Annual administration report of the Civil Veterinary Department, Sind - 1939-1940
Year: 1939
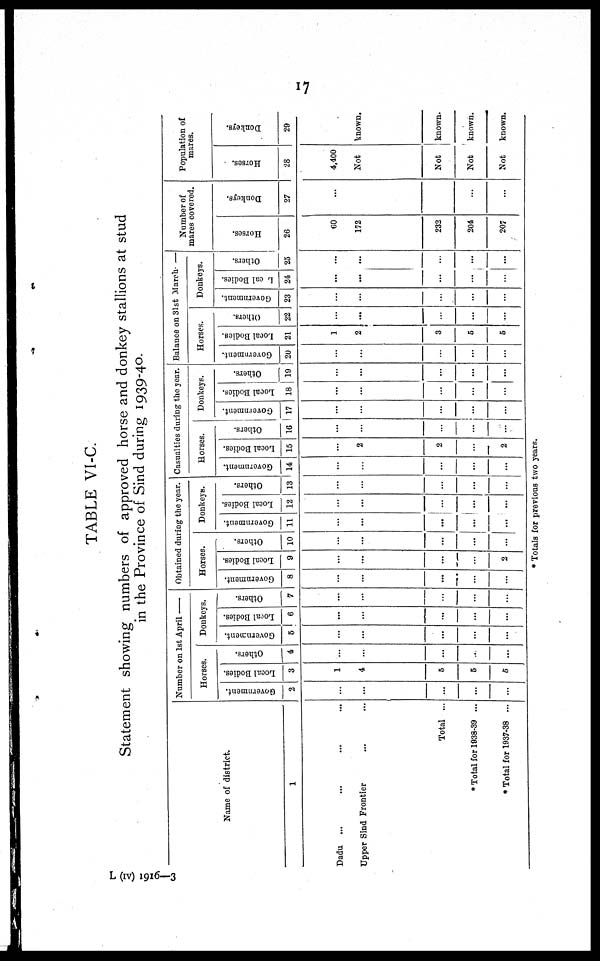
17
TABLE VI-C.
Statement showing numbers of approved horse and donkey stallions at stud
in the Province of Sind during 1939-40.
Name of district.
1
Dadu ... ... ... ...
Upper Sind Frontier ... ...
Total ...
* Total for 1938-39 ...
* Total for 1937-38 ...
Number on 1st April —
Horses.
Government.
2
...
...
...
...
...
Local Bodies.
3
1
4
5
5
5
Others.
4
...
...
...
...
...
Donkeys.
Government.
5
...
...
...
...
...
Local Bodies.
6
...
...
...
...
...
Others.
7
...
...
...
...
...
Obtained during the year.
Horses.
Government.
8
...
...
...
...
...
Local Bodies.
9
...
...
...
...
2
Others.
10
...
...
...
...
...
Donkeys.
Government.
11
...
...
...
...
...
Local Bodies.
12
...
...
...
...
...
Others.
13
...
...
...
...
...
Casualties during the year.
Horses.
Government.
14
...
...
...
...
...
Local Bodies.
15
...
2
2
...
2
Others.
16
...
...
...
...
...
Donkeys.
Government.
17
...
...
...
...
...
Local Bodies.
18
...
...
...
...
...
Others.
19
...
...
...
...
...
Balance on 31st March —
Horses.
Government.
20
...
...
...
...
...
Local Bodies.
21
1
2
3
5
5
Others.
22
...
...
...
...
...
Donkeys.
Government.
23
...
...
...
...
...
Local Bodies.
24
...
...
...
...
...
Others.
25
...
...
...
...
...
Number of
mares covered.
Horses.
26
60
172
232
204
207
Donkeys.
27
...
...
...
Population of
mares.
Horses.
28
4,400
Donkeys.
29
Not
known.
Not
known.
Not
known.
Not
known.
* Totals for previous two years.
L (IV) 1916—3